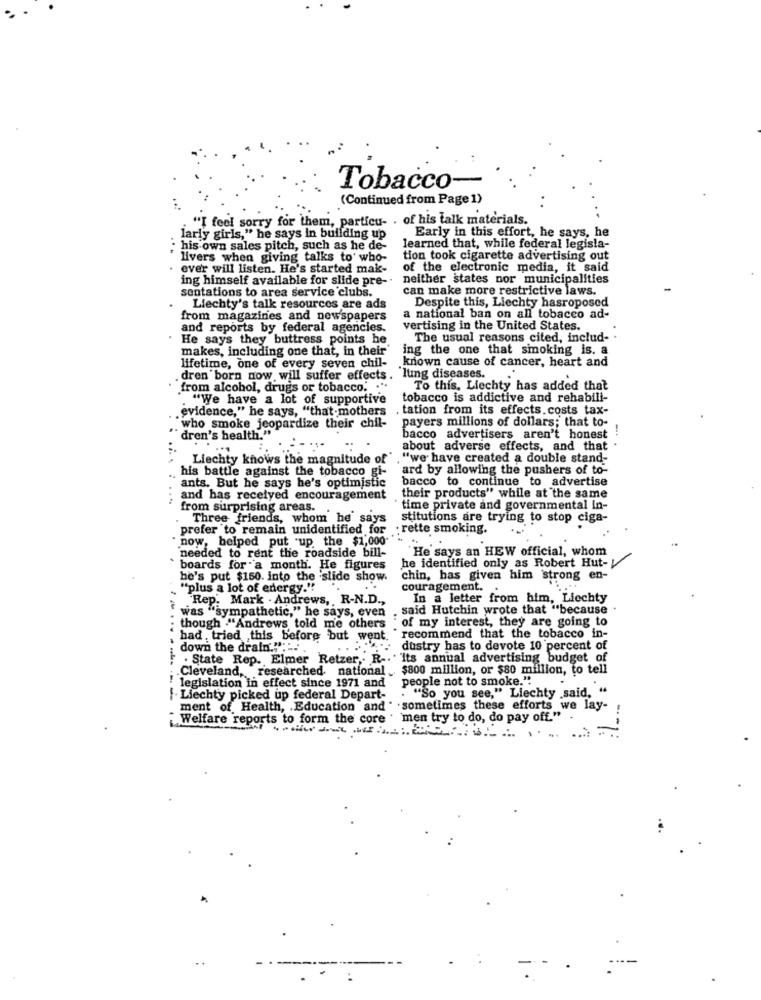
Tobacco
(Continued from Page 1)
"I feel sorry for them, particu- . of his talk materials.
Early in this effort, he says, he
larly girls," he says in building up
his own sales pitch, such as he de-
learned that, while federal legisla-
livers when giving talks to who-
tion took cigarette advertising out
. ever will listen. He's started mak-
of the electronic media, it said
ing himself available for slide pre -.
neither states nor municipalities
can make more restrictive laws.
sentations to area service clubs.
Despite this, Liechty hasroposed
Liechty's talk resources are ads
from magazines and newspapers
a national ban on all tobacco ad-
and reports by federal agencies.
vertising in the United States.
. He says they buttress points he
The usual reasons cited, includ- .
makes, including one that, in their'
ing the one that smoking is. a
known cause of cancer, heart and
lifetime, one of every seven chil-
.dren born now will suffer effects. lung diseases.
from alcohol, drugs or tobacco. .**
To this, Liechty has added that
"We have a lot of supportive
tobacco is addictive and rehabili-
evidence," he says, "that mothers
tation from its effects. costs tax-
payers millions of dollars; that to-
who smoke jeopardize their chil-
dren's health."
bacco advertisers aren't honest
about adverse effects, and that .
Liechty knows the magnitude of'
"we have created a double stand-
his battle against the tobacco gi-
ard by allowing the pushers of to-
bacco to continue to advertise
ants. But he says he's optimistic
....
and has recelyed encouragement
their products" while at the same
from surprising areas.
time private and governmental in-
Three friends, whom he says
stitutions are trying to stop ciga-
prefer to remain unidentified for
. rette smoking.
now, helped put up the $1,000
needed to rent the roadside bill-
He says an HEW official, whom
boards for a month. He figures
he identified only as Robert Hut-
he's put $150. into the slide show.
chin, has given him strong en-
"plus a lot of energy."!
couragement.
Rep. Mark . Andrews, R-N.D .,
In a letter from him, Liechty
was "sympathetic," he says, even
said Hutchin wrote that "because
: though ."Andrews told me others . of my interest, they are going to
had , tried this before but went.
recommend that the tobacco in-
down the drain."': ..
. ... dustry has to devote 10 percent of
. State Rep. Elmer Retzer ,. R -. ' Its annual advertising budget of
Cleveland, researched. national _ $800 million, or $80 million, to tell
people not to smoke.".
legislation in effect since 1971 and
f. Liechty picked up federal Depart-
. "So you see," Liechty .said, "
ment of Health, . Education and " . sometimes these efforts we lay-
Welfare reports to form the core . men try to do, do pay off." .
---- -